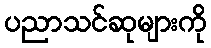
ပညာသင်ဆုများကို